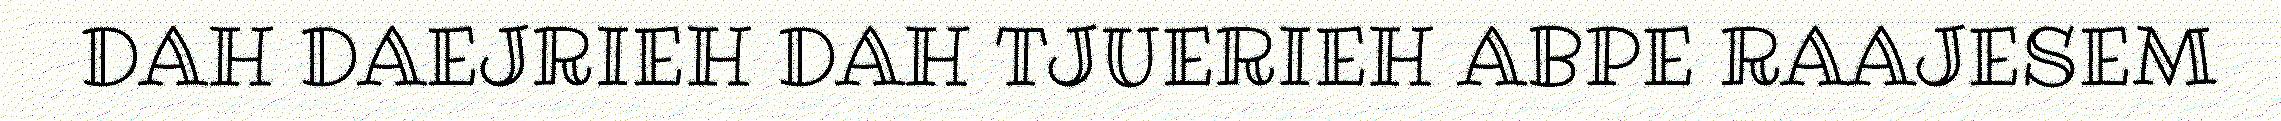
DAH DAEJRIEH DAH TJUERIEH ABPE RAAJESEM